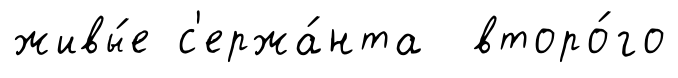
живы́е с'ержа́нта второ́го